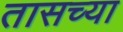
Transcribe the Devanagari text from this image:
तासच्या